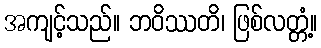
အကျင့်သည်။ ဘဝိဿတိ၊ ဖြစ်လတ္တံ့။